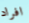
افراد